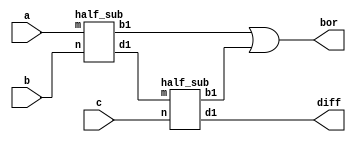
module full_sub(input a,
                input b,
                input c,
                output diff,
                output bor);
  wire u,v,w;
  half_sub ha_s1(.m(a),.n(b),.d1(u),.b1(v));
  half_sub ha_s2(.m(u),.n(c),.d1(diff),.b1(w));
  or or2(bor,v,w);
endmodule
module half_sub(input m,
                input n,
                output d1,
                output b1);
  wire w1;
  xor xor1(d1,m,n);
  not not1(w1,m);
  and and1(b1,w1,n);
endmodule